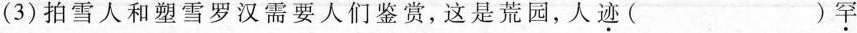
(3)拍雪人和塑雪罗汉需要人们鉴赏，这是荒园，人迹( )罕